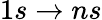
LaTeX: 1s\to ns